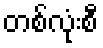
တစ်လုံးစီ